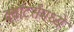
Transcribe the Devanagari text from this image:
क्वॉटर्समध्ये